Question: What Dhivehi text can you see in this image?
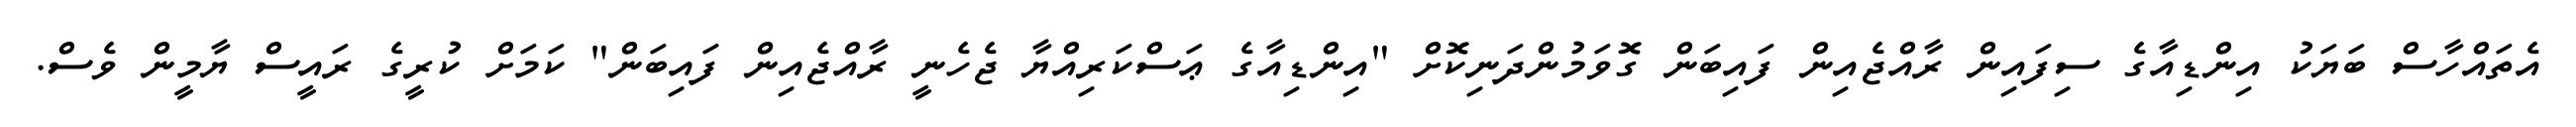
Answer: އެތައްހާސް ބަޔަކު އިންޑިއާގެ ސިފައިން ރާއްޖެއިން ފައިބަން ގޮވަމުންދަނިކޮށް "އިންޑިއާގެ ޢަސްކަރިއްޔާ ޖެހެނީ ރާއްޖެއިން ފައިބަން" ކަމަށް ކުރީގެ ރައީސް ޔާމީން ވެސް.